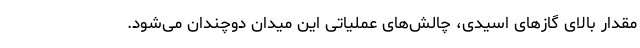
مقدار بالای گازهای اسیدی، چالش‌های عملیاتی این میدان دوچندان می‌شود.